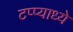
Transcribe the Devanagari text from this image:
टप्प्याध्ये